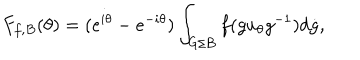
F _ { f , B } ( \theta ) = ( e ^ { i \theta } - e ^ { - i \theta } ) \int _ { G / B } f ( g u _ { \theta } g ^ { - 1 } ) d \dot { g } ,